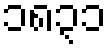
၁၈၃၁